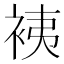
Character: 𧙣